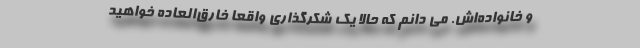
و خانواده‌اش. می دانم که حالا یک شکرگذاری واقعا خارق‌العاده خواهید